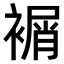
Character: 𧜔